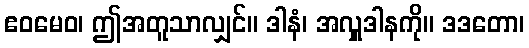
ဧဝမေဝ၊ ဤအတူသာလျှင်။ ဒါနံ၊ အလှူဒါနကို။ ဒဒတော၊